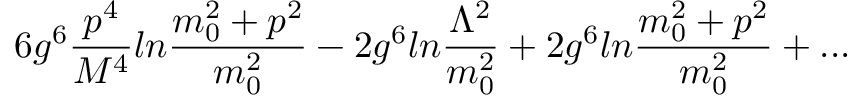
6 g ^ { 6 } { \frac { p ^ { 4 } } { M ^ { 4 } } } l n { \frac { m _ { 0 } ^ { 2 } + p ^ { 2 } } { m _ { 0 } ^ { 2 } } } - 2 g ^ { 6 } l n { \frac { \Lambda ^ { 2 } } { m _ { 0 } ^ { 2 } } } + 2 g ^ { 6 } l n { \frac { m _ { 0 } ^ { 2 } + p ^ { 2 } } { m _ { 0 } ^ { 2 } } } + . . .